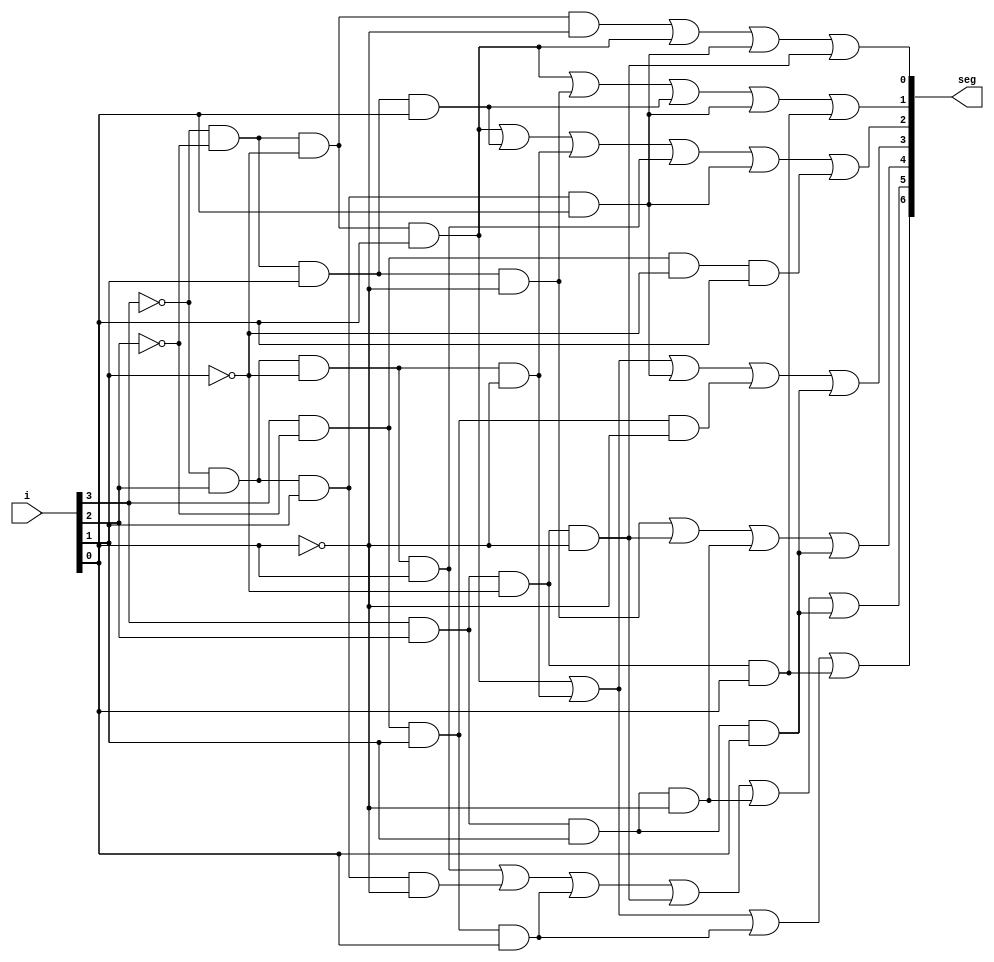
`timescale 1ns / 1ps
//////////////////////////////////////////////////////////////////////////////////


module hex7seg(
    input[3:0] i,
    output [6:0]seg
    );

    assign i3 = i[3];
    assign i2 = i[2];
    assign i1 = i[1];
    assign i0 = i[0];

assign seg[6] = (~i3 & ~i2 & ~i1 & i0) | (~i3 & i2 & ~i1 & ~i0) | (i3 & ~i2 & i1 & i0) | (i3 & i2 & ~i1 & i0); //{1,4,b,d}   /// a segment
assign seg[5] = (~i3 & i2 & ~i1 & i0) | (~i3 & i2 & i1 & ~i0) | (i3 & ~i2 & i1 & i0) | (i3 & i2 & ~i1 & ~i0) | (i3 & i2 & i1 & ~i0) | (i3 & i2 & i1 & i0); //{5,6,b,c,e,f} //b
assign seg[4] = (~i3 & ~i2 & i1 & ~i0) | (i3 & i2 & ~i1 & ~i0) | (i3 & i2 & i1 & ~i0) | (i3 & i2 & i1 & i0); //{2,c,e,f}
assign seg[3] = (~i3 & ~i2 & ~i1 & i0) | (~i3 & i2 & ~i1 & ~i0) | (~i3 & i2 & i1 & i0) | (i3 & ~i2 & i1 & ~i0) | (i3 & i2 & i1 & i0); //(1,4,7,a,f)
assign seg[2] = (~i3 & ~i2 & ~i1 & i0) | (~i3 & ~i2 & i1 & i0) | (~i3 & i2 & ~i1 & ~i0) | (~i3 & i2 & ~i1 & i0) | (~i3 & i2 & i1 & i0) | (i3 & ~i2 & ~i1 & i0);//{1,3,4,5,7,9}
assign seg[1] = (~i3 & ~i2 & ~i1 & i0) | (~i3 & ~i2 & i1 & ~i0) | (~i3 & ~i2 & i1 & i0) | (~i3 & i2 & i1 & i0) | (i3 & i2 & ~i1 & i0); //(1,2,3,7,d)
assign seg[0] = (~i3 & ~i2 & ~i1 & ~i0) | (~i3 & ~i2 & ~i1 & i0) | (~i3 & i2 & i1 & i0) | (i3 & i2 & ~i1 & ~i0);//(0,1,7,c)

endmodule